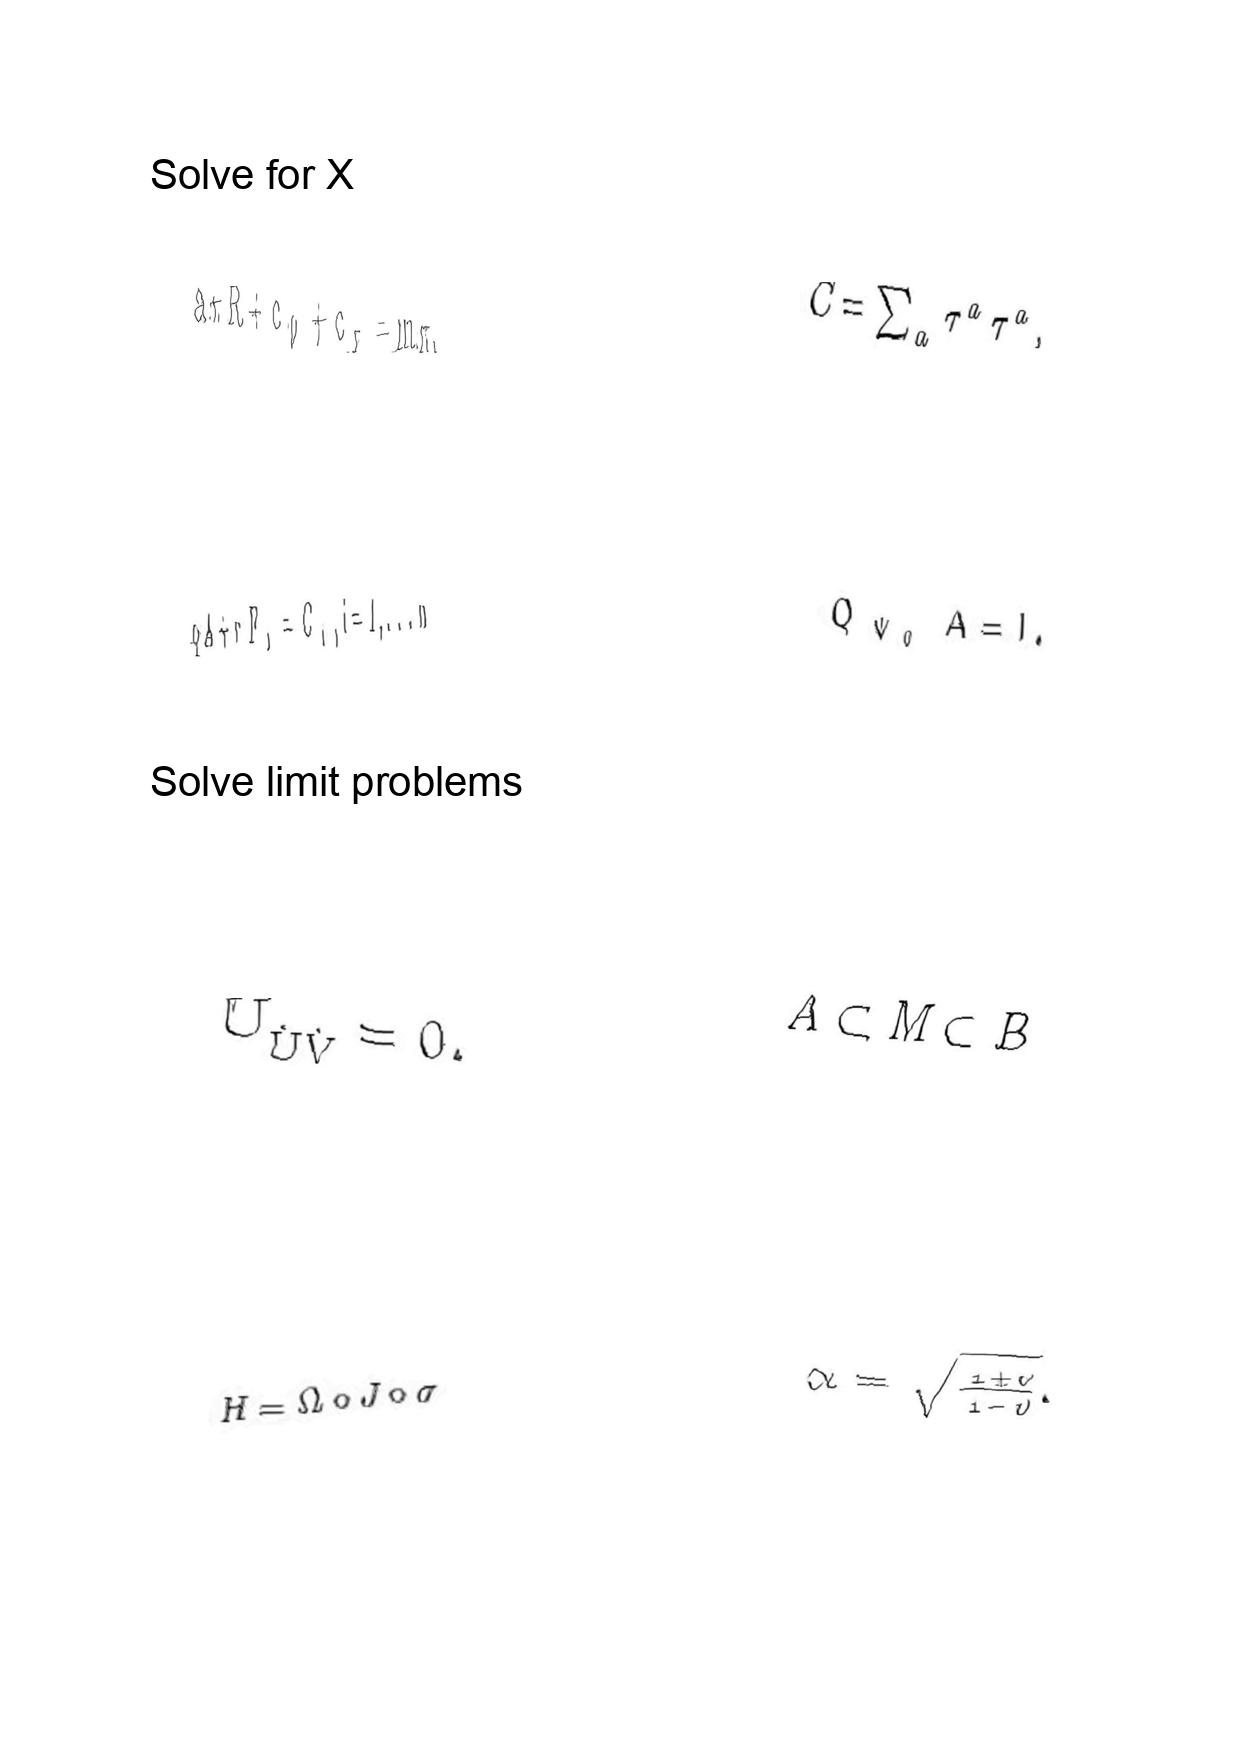
LaTeX transcription:
a \pi R + c _ { 0 } + c _ { \pi } = m \pi ,
q A + r F _ { i } = C _ { i } , i = 1 , . . . n
U _ { \hat { U } \hat { V } } = 0 .
H = \Omega \circ J \circ \sigma
C = \sum _ { a } \tau ^ { a } \tau ^ { a } ,
Q _ { \Psi _ { 0 } } A = I .
A \subset M \subset B
\alpha = \sqrt { \frac { 1 + v } { 1 - v } } .